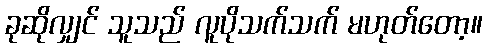
ခုဆိုလျှင် သူသည် လူပိုသက်သက် မဟုတ်တော့။